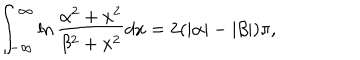
LaTeX: \int _ { - \infty } ^ { \infty } \ln \frac { \alpha ^ { 2 } + x ^ { 2 } } { \beta ^ { 2 } + x ^ { 2 } } d x = 2 ( | \alpha | - | \beta | ) \pi ,